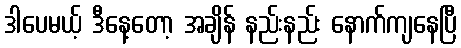
ဒါပေမယ့် ဒီနေ့တော့ အချိန် နည်းနည်း နောက်ကျနေပြီ